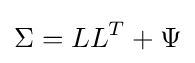
\Sigma =LL^{T}+\Psi